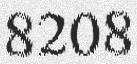
8208